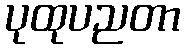
ပုထုပညတာ